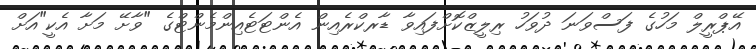
އޭޕްރީލް މަހުގެ ފަސްވަނަ ދުވަހު ރިލީޒްކޮށްފައިވާ ޑާރކްރެއިން އެންޓަޓެއިންމެންޓްގެ "ވާށޭ މަށާ އެކީ"އަށް